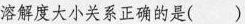
溶解度大小关系正确的是()